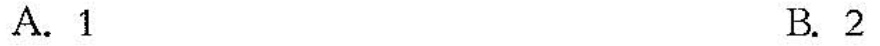
A.1 B.2